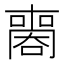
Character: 𠿧